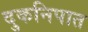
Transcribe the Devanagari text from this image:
दुकनिपात